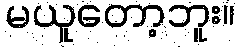
မယူတော့ဘူး။